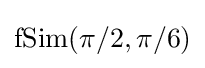
{\text{fSim}}(\pi /2,\pi /6)